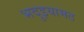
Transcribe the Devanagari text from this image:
भदुइयामठ